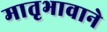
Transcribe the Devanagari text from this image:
मातृभावाने